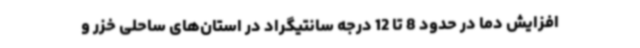
افزایش دما در حدود 8 تا 12 درجه سانتیگراد در استان‌های ساحلی خزر و